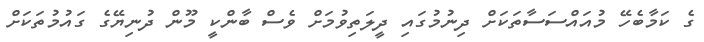
ގެ ކަމާބެހޭ މުއައްސަސާތަކަށް ދިނުމުގައި ދީލަތިވުމަށް ވެސް ބާންކީ މޫން ދުނިޔޭގެ ގައުމުތަކަށް